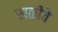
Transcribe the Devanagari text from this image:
खळीचे